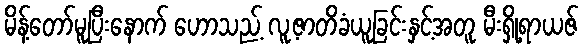
မိန့်တော်မူပြီးနောက် ဟောသည့် လူ့ဇာတိခံယူခြင်းနှင့်အတူ မီးရှို့ရာယဇ်